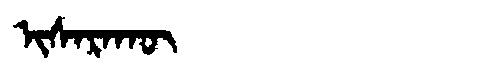
Manchu: ᡳᠰᠠᡵᠠᡴᡡ
Romanization: ISARAKŪ